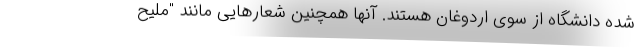
شده دانشگاه از سوی اردوغان هستند. آنها همچنین شعارهایی مانند "ملیح